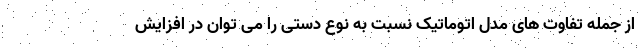
از جمله تفاوت های مدل اتوماتیک نسبت به نوع دستی را می توان در افزایش